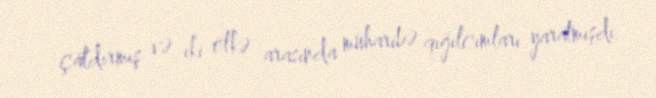
çatdırmış və iki ölkə arasında müharibə qığılcımları yaratmışdı.